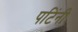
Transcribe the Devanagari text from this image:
पटिंनी